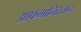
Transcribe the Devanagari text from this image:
आफगानिस्तान